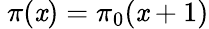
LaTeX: ~\pi(\mathit{x})=\pi_{0}(\mathit{x}+1)